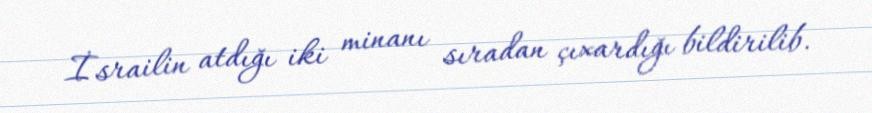
İsrailin atdığı iki minanı sıradan çıxardığı bildirilib.